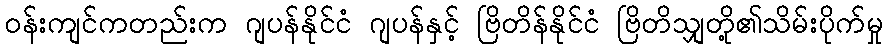
ဝန်းကျင်ကတည်းက ဂျပန်နိုင်ငံ ဂျပန်နှင့် ဗြိတိန်နိုင်ငံ ဗြိတိသျှတို့၏သိမ်းပိုက်မှု